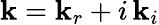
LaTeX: \mathbf{k}=\mathbf{k}_{r}+i\, \mathbf{k}_{i}